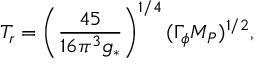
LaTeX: T _ { r } = \left( \frac { 4 5 } { 1 6 \pi ^ { 3 } g _ { * } } \right) ^ { 1 / 4 } ( \Gamma _ { \phi } M _ { P } ) ^ { 1 / 2 } ,